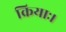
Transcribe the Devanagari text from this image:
क्रियाः।